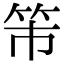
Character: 𥫴